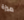
ميزة